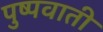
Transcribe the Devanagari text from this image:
पुष्पवाती